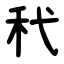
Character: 䄩